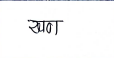
मजकूर: खण